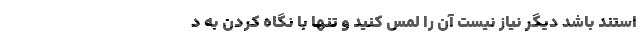
استند باشد دیگر نیاز نیست آن را لمس کنید و تنها با نگاه کردن به د